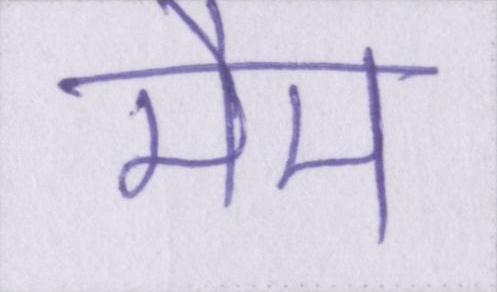
मैम